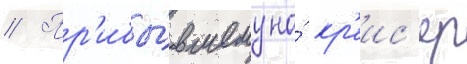
// Пр'ибы́вшему на́ кр'еис'ер